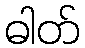
ဓါတ်